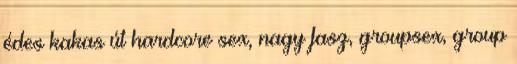
édes kakas út hardcore sex, nagy fasz, groupsex, group